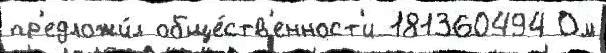
пр'едложи́л обще́ств'енност'и 181360494 Ом